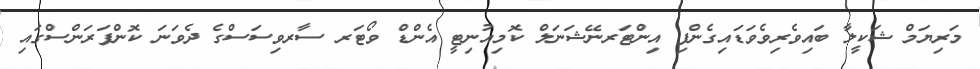
މަރިޔަމް ޝަކީލާ ބައިވެރިވެވަޑައިގެންފި އިންޓަރނޭޝަނަލް ކޮމިއުނިޓީ އެންޑް ވޯޓަރ ސާރވިސަސްގެ ދެވަނަ ކޮންފަރަންސްގައި